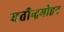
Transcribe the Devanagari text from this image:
यतीन्द्रमोहन